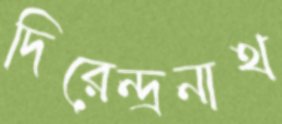
দিরেন্দ্রনাথ